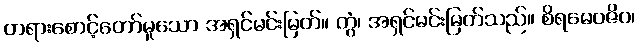
တရားစောင့်တော်မူသော အရှင်မင်းမြတ်။ တွံ၊ အရှင်မင်းမြတ်သည်။ စိရမေဝဇိဝ၊